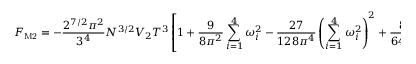
F _ { \mathrm { M 2 } } = - \frac { 2 ^ { 7 / 2 } \pi ^ { 2 } } { 3 ^ { 4 } } N ^ { 3 / 2 } V _ { 2 } T ^ { 3 } \left[ 1 + \frac { 9 } { 8 \pi ^ { 2 } } \sum _ { i = 1 } ^ { 4 } \omega _ { i } ^ { 2 } - \frac { 2 7 } { 1 2 8 \pi ^ { 4 } } \left( \sum _ { i = 1 } ^ { 4 } \omega _ { i } ^ { 2 } \right) ^ { 2 } + \frac { 8 1 } { 6 4 \pi ^ { 4 } } \sum _ { i = 1 } ^ { 4 } \omega _ { i } ^ { 4 } + \ldots \right]